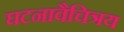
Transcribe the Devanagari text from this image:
घटनावैचित्रय